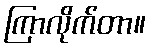
ကြာလိုက်တာ။